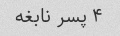
۴ پسر نابغه